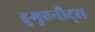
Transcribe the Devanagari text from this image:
हुगूएनौट्स